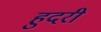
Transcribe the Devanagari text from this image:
हुदरी